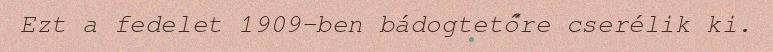
Ezt a fedelet 1909-ben bádogtetőre cserélik ki.